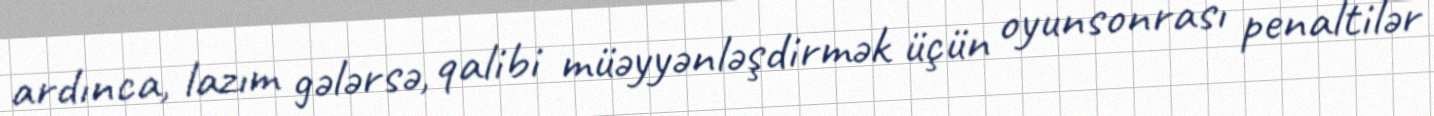
ardınca, lazım gələrsə, qalibi müəyyənləşdirmək üçün oyunsonrası penaltilər